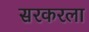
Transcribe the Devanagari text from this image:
सरकरला